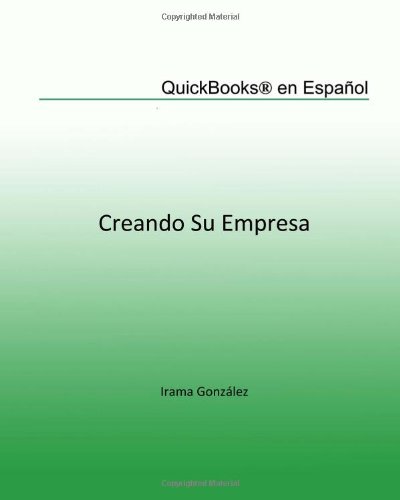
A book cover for QuickBooks en EspaÃ±ol: Creando su Empresa (Spanish Edition); Irama Gonzalez; Computers & Technology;